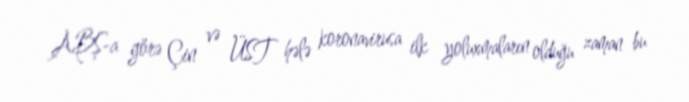
ABŞ-a görə Çin və ÜST hələ koronavirusa ilk yoluxmaların olduğu zaman bu